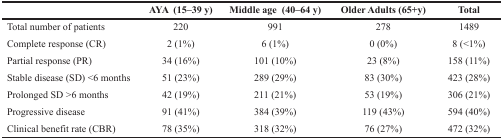
<table><thead><tr><td></td><td><b>AYA (15–39 y)</b></td><td><b>Middle age (40–64 y)</b></td><td><b>Older Adults (65+y)</b></td><td><b>Total</b></td></tr></thead><tbody><tr><td>Total number of patients</td><td>220</td><td>991</td><td>278</td><td>1489</td></tr><tr><td>Complete response (CR)</td><td>2 (1%)</td><td>6 (1%)</td><td>0 (0%)</td><td>8 (&lt;1%)</td></tr><tr><td>Partial response (PR)</td><td>34 (16%)</td><td>101 (10%)</td><td>23 (8%)</td><td>158 (11%)</td></tr><tr><td>Stable disease (SD) &lt;6 months</td><td>51 (23%)</td><td>289 (29%)</td><td>83 (30%)</td><td>423 (28%)</td></tr><tr><td>Prolonged SD &gt;6 months</td><td>42 (19%)</td><td>211 (21%)</td><td>53 (19%)</td><td>306 (21%)</td></tr><tr><td>Progressive disease</td><td>91 (41%)</td><td>384 (39%)</td><td>119 (43%)</td><td>594 (40%)</td></tr><tr><td>Clinical benefit rate (CBR)</td><td>78 (35%)</td><td>318 (32%)</td><td>76 (27%)</td><td>472 (32%)</td></tr></tbody></table>